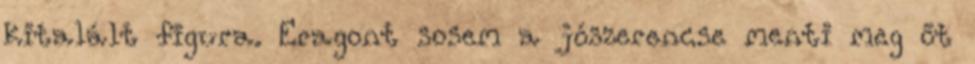
kitalált figura. Eragont sosem a jószerencse menti meg őt